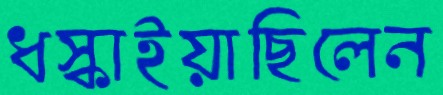
ধস্‌কাইয়াছিলেন